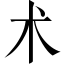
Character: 术